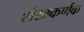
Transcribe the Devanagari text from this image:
शंखकर्णक